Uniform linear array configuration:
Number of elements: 32
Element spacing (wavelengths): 0.25
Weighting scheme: hamming
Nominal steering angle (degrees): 30
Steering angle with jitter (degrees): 30.084
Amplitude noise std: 0.05
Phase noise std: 0.05

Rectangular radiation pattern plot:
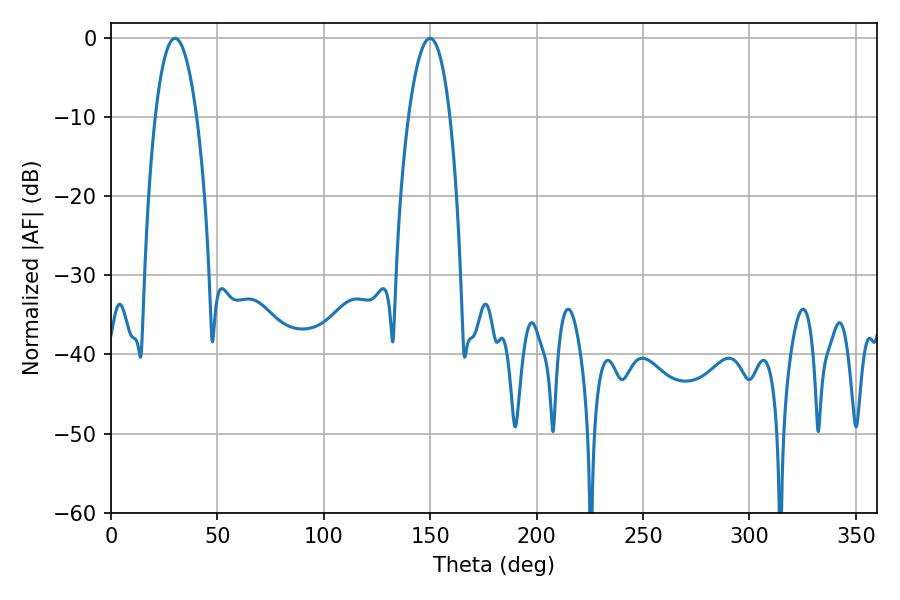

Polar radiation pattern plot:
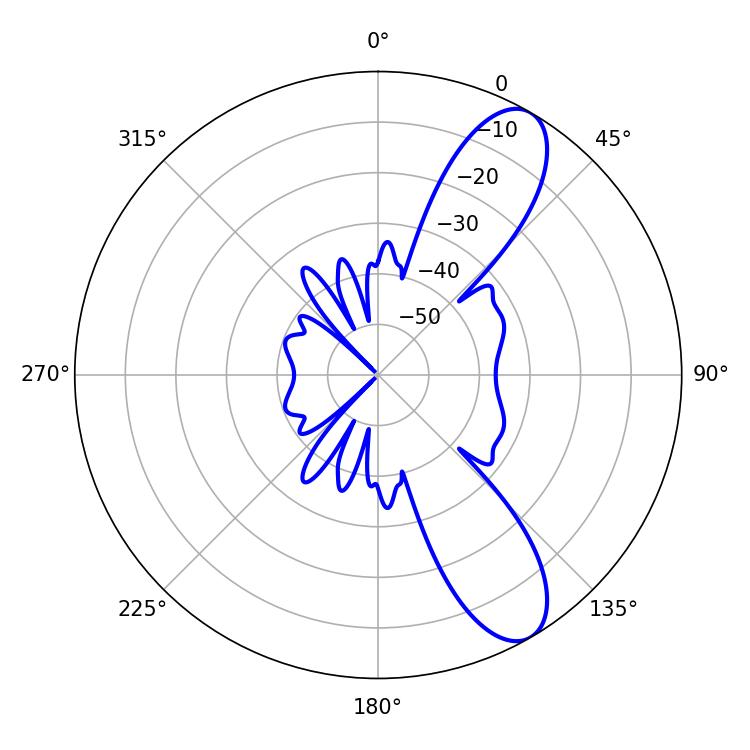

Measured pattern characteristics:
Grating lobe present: FALSE
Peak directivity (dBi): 9.93
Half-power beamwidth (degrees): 10.8
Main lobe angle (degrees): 30.06